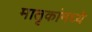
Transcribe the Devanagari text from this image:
मातृकांमध्ये